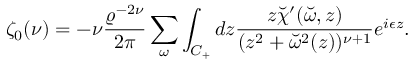
\zeta _ { 0 } ( \nu ) = - \nu { \frac { \varrho ^ { - 2 \nu } } { 2 \pi } } \sum _ { \omega } \int _ { C _ { + } } d z { \frac { z \breve { \chi } ^ { \prime } ( \breve { \omega } , z ) } { ( z ^ { 2 } + \breve { \omega } ^ { 2 } ( z ) ) ^ { \nu + 1 } } } e ^ { i \epsilon z } .